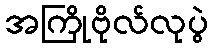
အကြိုဗိုလ်လုပွဲ